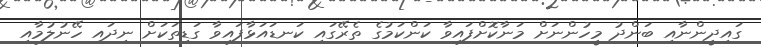
ގައިދީންނާއި ބަންދު މީހުންނަށް މަނާކޮށްފައިވާ ކަންކަމުގެ ތެރޭގައި ކަނޑައަޅާފައިވާ ގަޑިތަކަށް ނިދައި ހޭނުލުމާއި